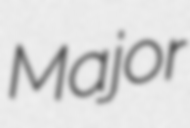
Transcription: Major